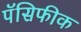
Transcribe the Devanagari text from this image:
पॅसिफीक